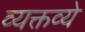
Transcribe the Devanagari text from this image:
व्यक्तव्ये